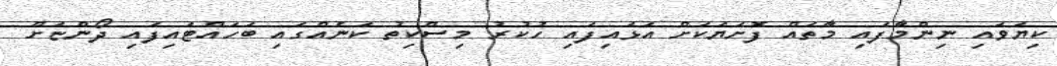
ކިޔަވައި ނިންމާފައި މާތައް ފޮށަޔަކަށް އަޅައިފައި ހުކުރު މިސްކިތު ކަނެއްގައި ބަހައްޓައިފައި ދޯންޏަށް